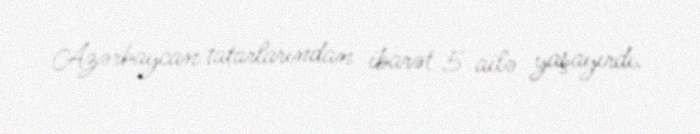
Azərbaycan tatarlarından ibarət 5 ailə yaşayırdı.